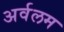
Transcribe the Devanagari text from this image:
अर्वलम